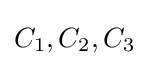
C_{1},C_{2},C_{3}